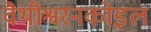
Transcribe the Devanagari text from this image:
वैथीश्वरनकोइल